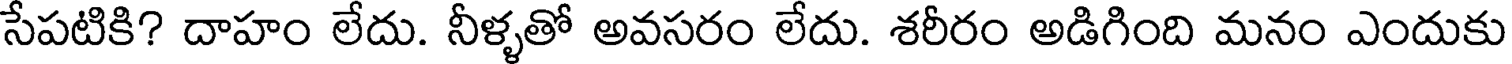
సేపటికి? దాహం లేదు. నీళ్ళతో అవసరం లేదు. శరీరం అడిగింది మనం ఎందుకు